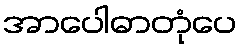
အာပေါဓာတုံပေ